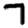
Digit: 7